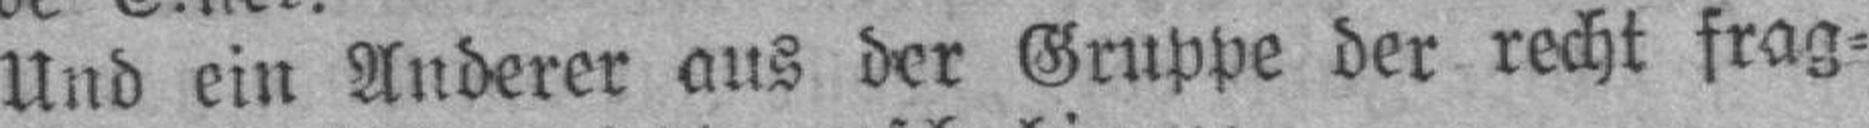
Und ein Anderer aus der Gruppe der recht frag¬